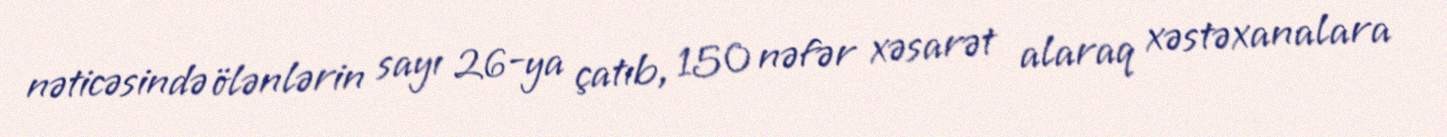
nəticəsində ölənlərin sayı 26-ya çatıb, 150 nəfər xəsarət alaraq xəstəxanalara